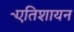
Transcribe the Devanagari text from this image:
एेतिशायन